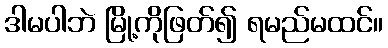
ဒါမပါဘဲ မြို့ကိုဖြတ်၍ ရမည်မထင်။